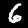
Digit: 6